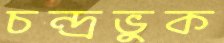
চন্দ্রভুক